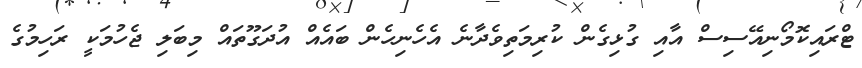
ޓްރައިކޮމޯނިއޭސިސް އާއި ގުޅިގެން ކުރިމަތިވެދާނެ އެހެނިހެން ބައެއް އުދަގޫތައް މިބަލި ޖެހުމަކީ ރަހިމުގެ